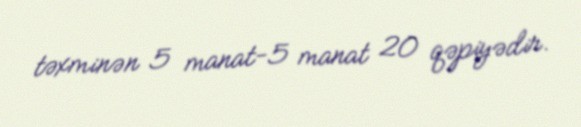
təxminən 5 manat-5 manat 20 qəpiyədir.